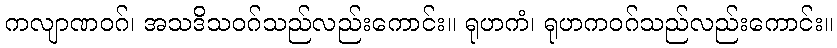
ကလျာဏဝဂ်၊ အသဒိသဝဂ်သည်လည်းကောင်း။ ရုဟကံ၊ ရုဟကဝဂ်သည်လည်းကောင်း။